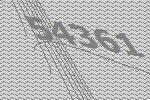
54361